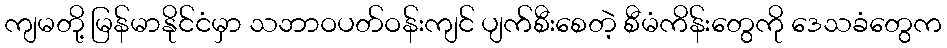
ကျမတို့ မြန်မာနိုင်ငံမှာ သဘာဝပတ်ဝန်းကျင် ပျက်စီးစေတဲ့ စီမံကိန်းတွေကို ဒေသခံတွေက